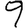
Digit: 9